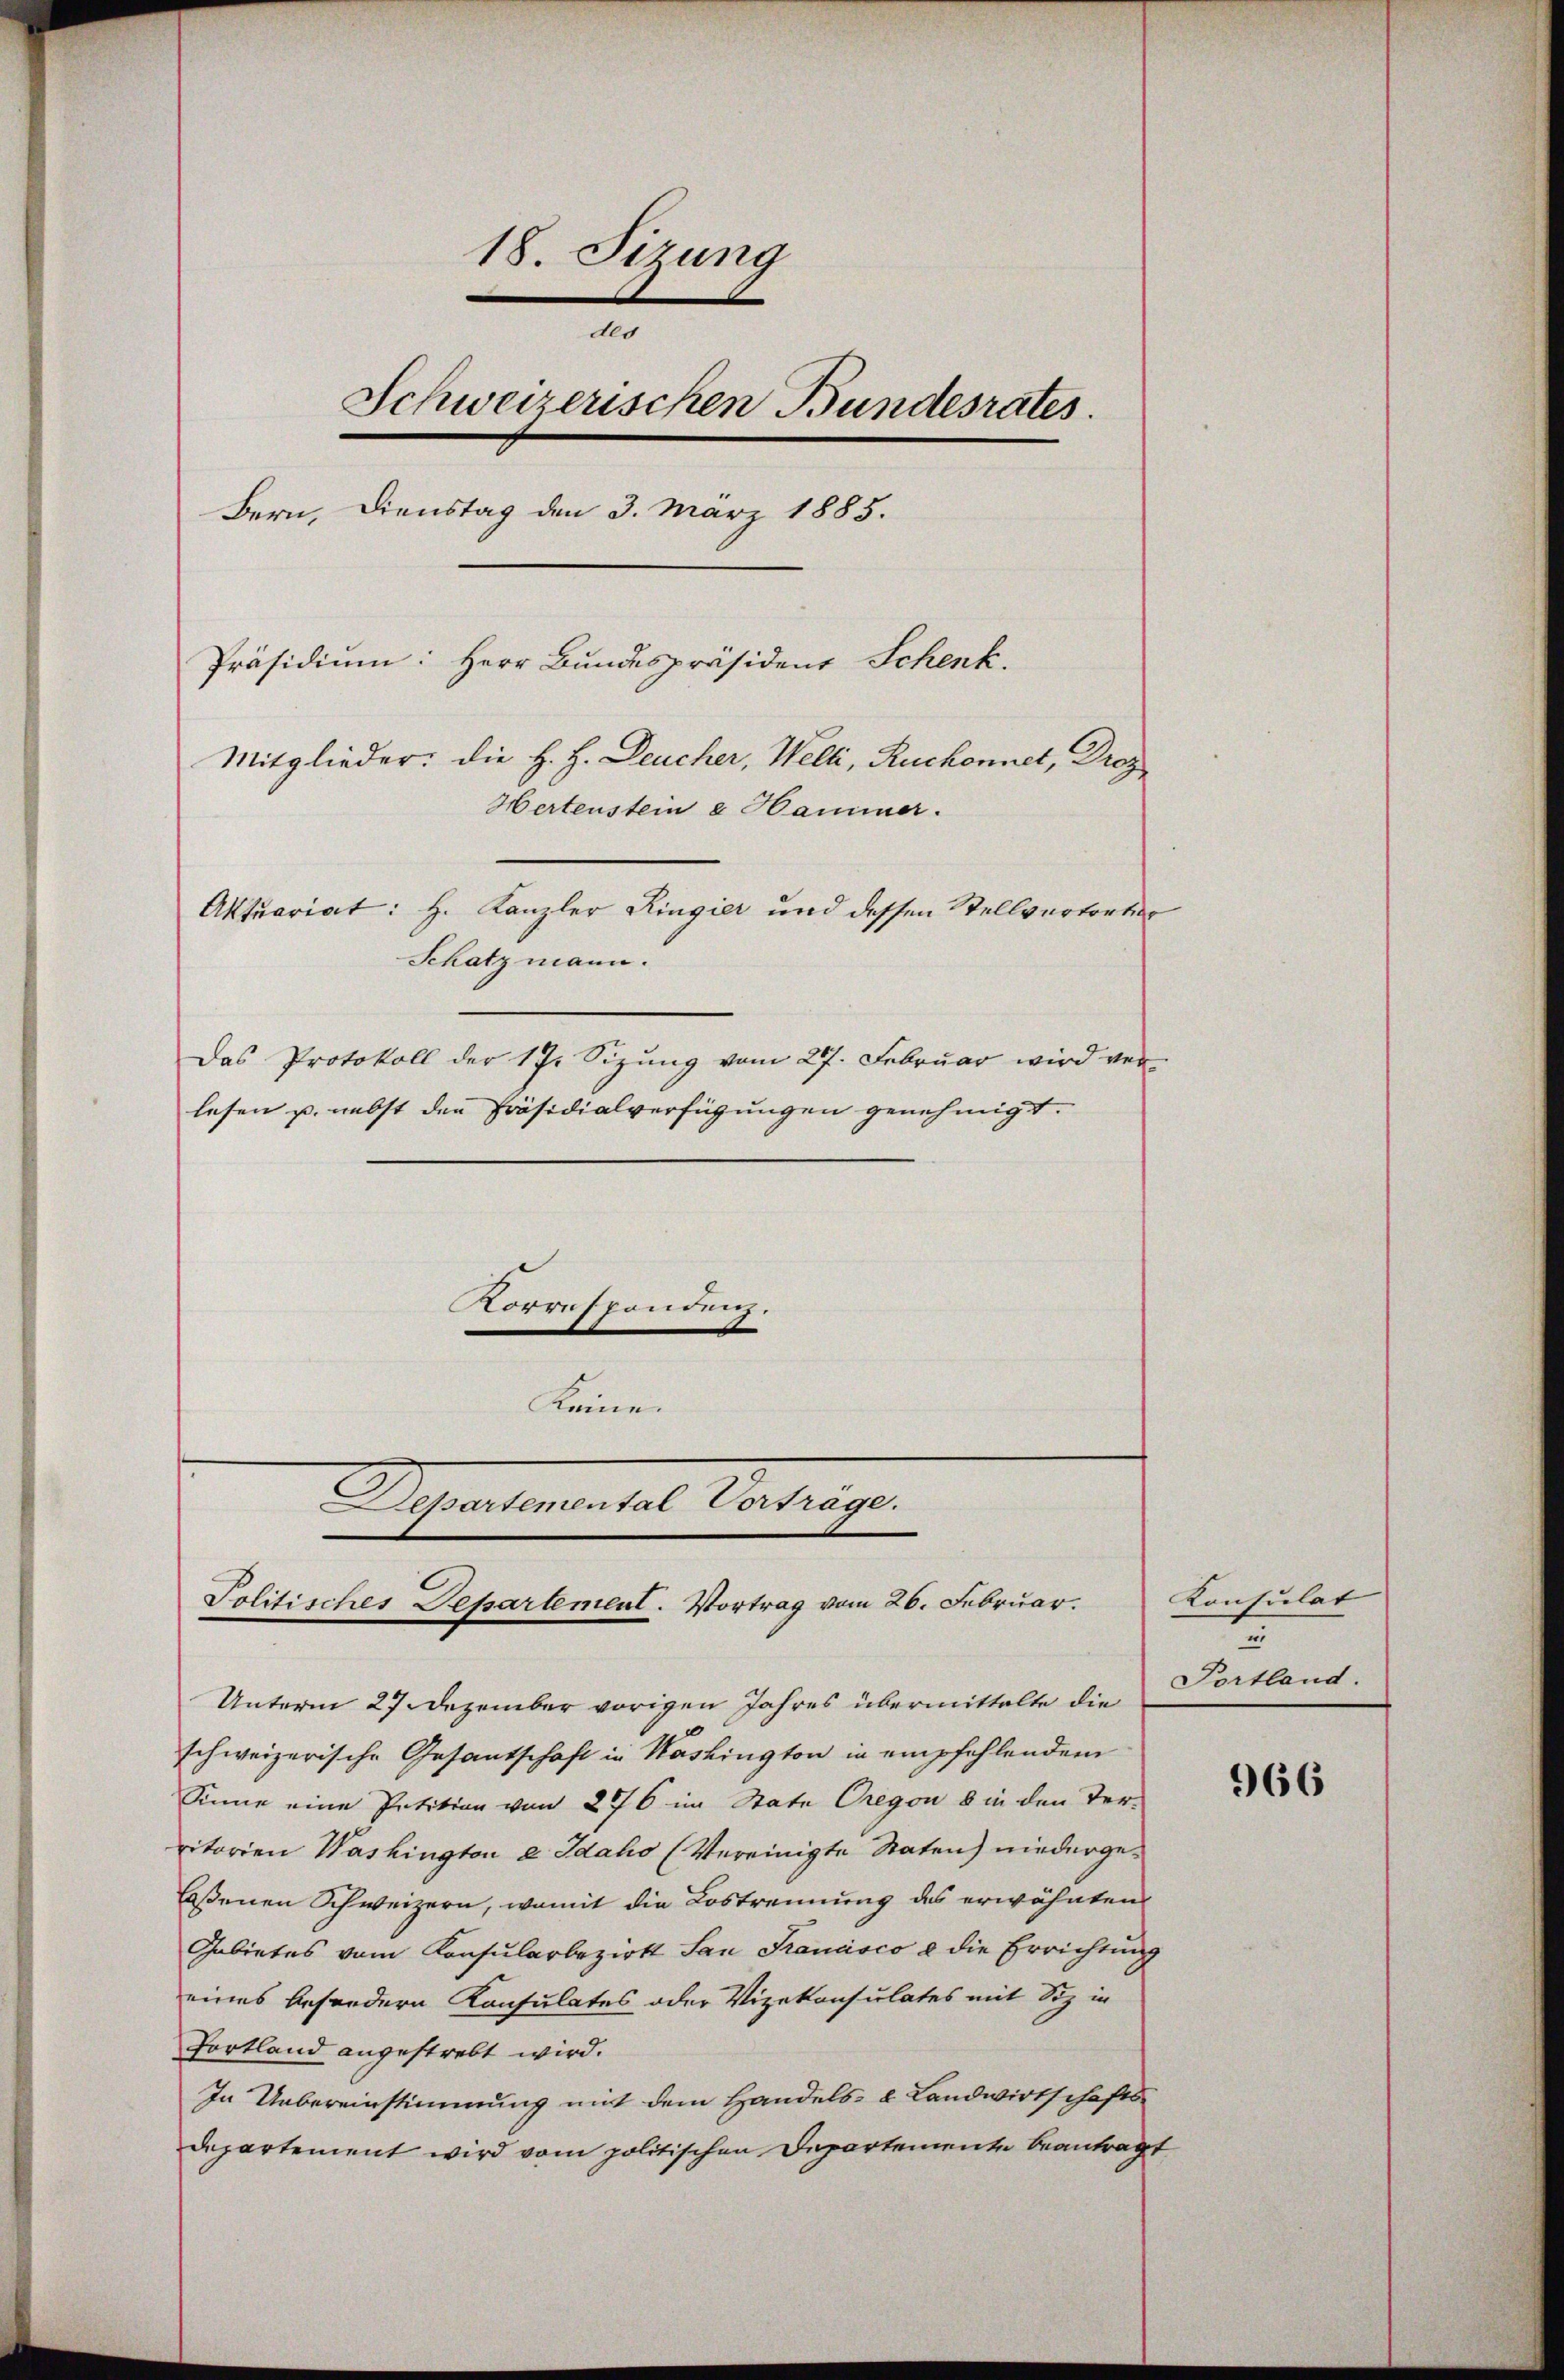
18. Sizung

Schweizerischen Bundesrates.
Bern, Dienstag den 3. März 1885.
Präsidium: Herr Bundespräsident Schenk.
Mitglieder. Die H. H. Deucher, Welti, Ruckonnet, Droz.
Hertenstein e Hammer.
Aktuariat: H. Kanzler Ringier und dessen Stellvertretier
Schatzmann.
Das Protokoll der 17. Sizung vom 27. Februar wird verlesen u. nebst den Präsidialverfügungen genehmigt.

Unterm 27 Dezember vorigen Jahres übermittelte die
schweizerische Gesantschaft in Washington in empfehlendem
Sinne eine Petition von 276 im State Gregon 8 in den Ter-
ritorien Washington e Idaho (Vereinigte Staten) niedergelossenen Schweizern, womit die Lostrennung des erwähnten
Gebietes vom Konsularbezirk San Francisco e die Errichtung
eines besondern Konsulates oder Vizekonsulates mit Siz in
Fortland angestrebt wird.
In Uebereinstimmung mit dem Handels- & Landwirtschaftsdepartement wird vom politischen Departemente beantragt

Korrespondenz.
Separtemental Vertrag
Politisches Departement. Vortrag vom 26. Februar.

Keine

Konsulat
Portland.

966